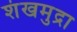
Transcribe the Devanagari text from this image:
शंखमुद्रा